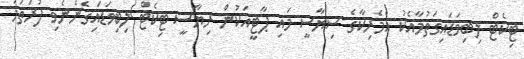
ޓިކެޓް ލިބިވަޑައިގަތުމާއެކު އެމެރިކާގެ ސިޔާސީ މައި ޕާޓީއަކުން ރިޔާސީ ޓިކެޓް ލިބިވަޑައިގެންނެވި ފުރަތަމަ